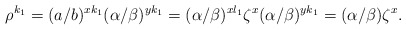
\begin{align*} \rho^{k_1}=(a/b)^{xk_1}(\alpha/\beta)^{yk_1}=(\alpha/\beta)^{xl_1}\zeta^x(\alpha/\beta)^{yk_1}=(\alpha/\beta)\zeta^x.\end{align*}